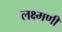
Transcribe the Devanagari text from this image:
लक्ष्मणी